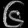
Digit: ၆